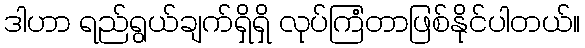
ဒါဟာ ရည်ရွယ်ချက်ရှိရှိ လုပ်ကြံတာဖြစ်နိုင်ပါတယ်။